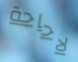
لاحاجة